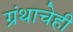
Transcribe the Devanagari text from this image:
ग्रंथाचेही